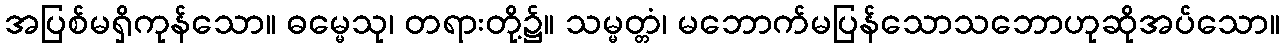
အပြစ်မရှိကုန်သော။ ဓမ္မေသု၊ တရားတို့၌။ သမ္မတ္တံ၊ မဘောက်မပြန်သောသဘောဟုဆိုအပ်သော။